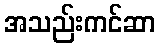
အသည်းကင်ဆာ